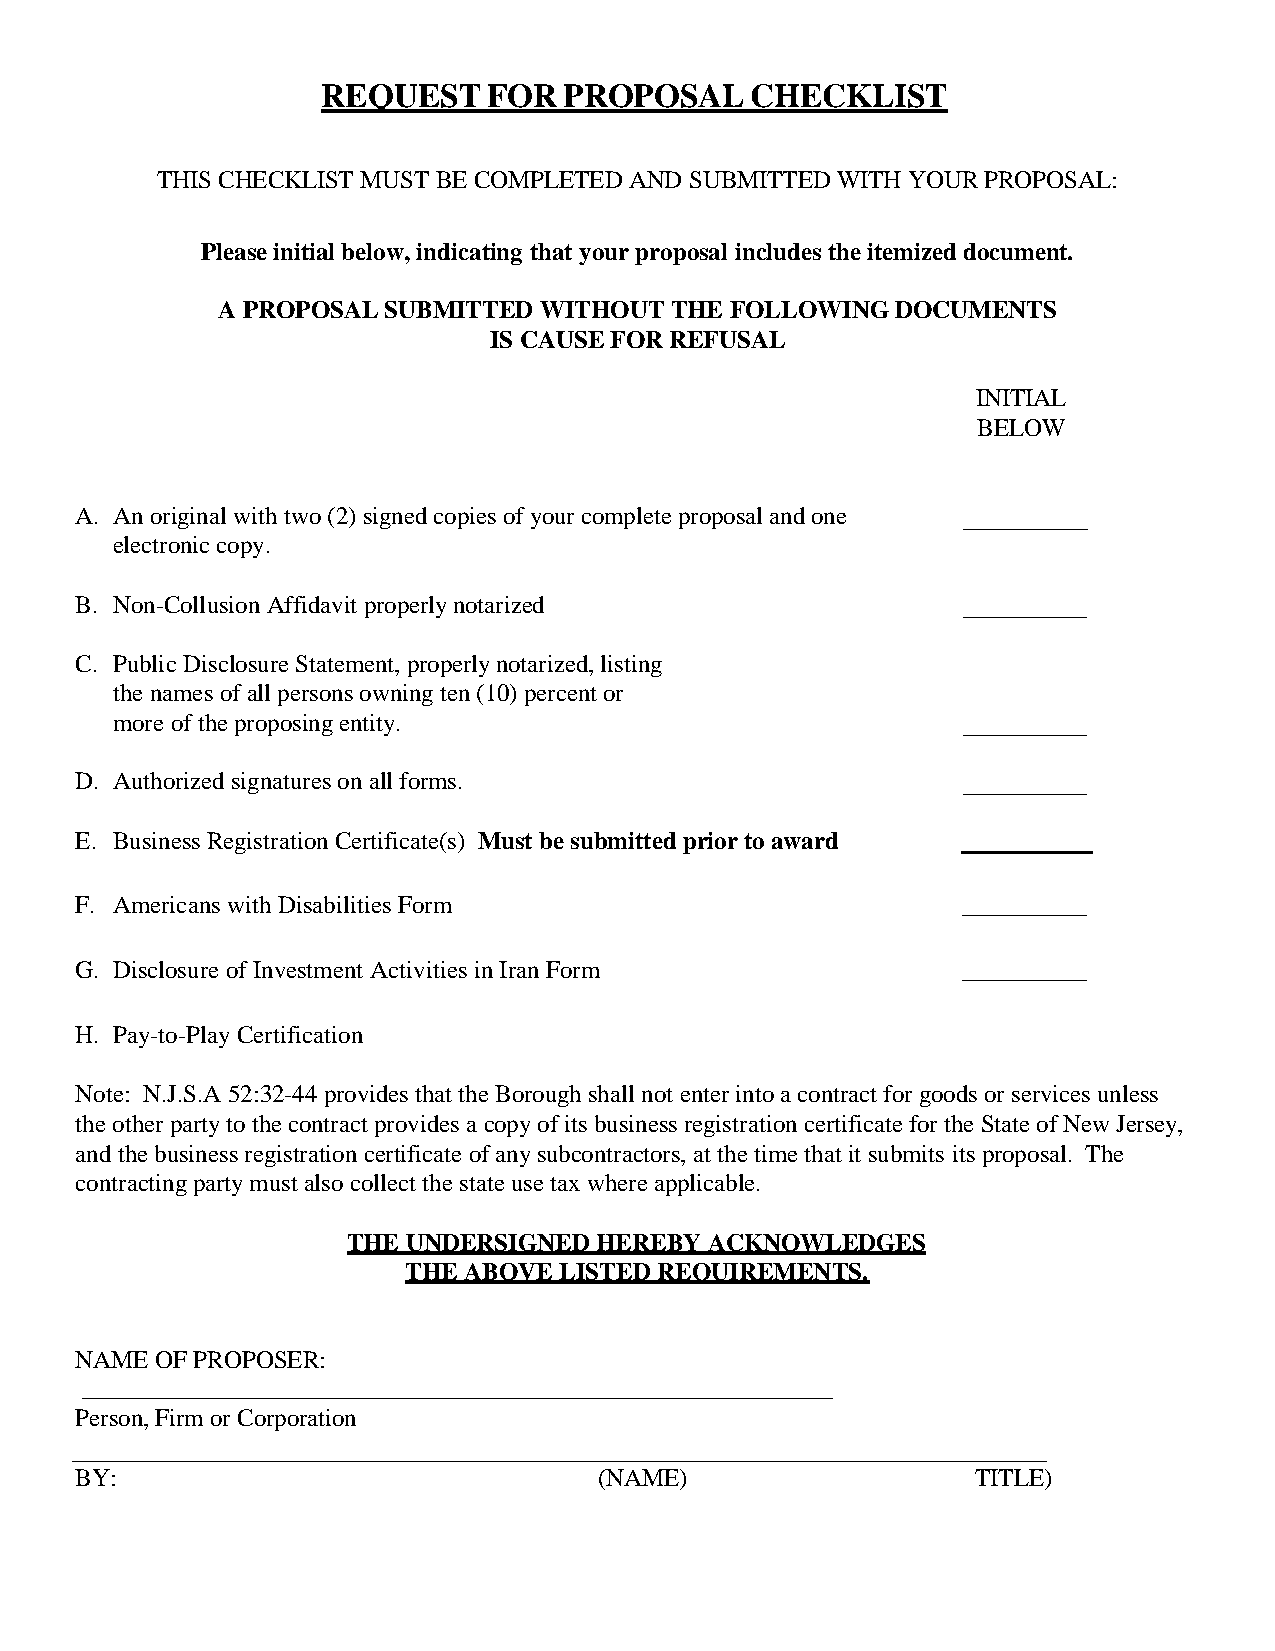
REQUEST    FOR  PROPOSAL     CHECKLIST
 THIS CHECKLIST MUST BE COMPLETED AND SUBMITTED WITH YOUR PROPOSAL:
 Please initial below, indicating that your proposal includes the itemized document.
 A PROPOSAL SUBMITTED  WITHOUT THE FOLLOWING  DOCUMENTS
 IS CAUSE FOR REFUSAL
 INITIAL
 BELOW
 A. An original with two (2) signed copies of your complete proposal and one
 electronic copy.
 B. Non-Collusion Affidavit properly notarized
 C. Public Disclosure Statement, properly notarized, listing
 the names of all persons owning ten (10) percent or
 more of the proposing entity.
 D. Authorized signatures on all forms.
 E. Business Registration Certificate(s) Must be submitted prior to award
 F. Americans with Disabilities Form                        __________
 G. Disclosure of Investment Activities in Iran Form        __________
 H. Pay-to-Play Certification
 Note: N.J.S.A 52:32-44 provides that the Borough shall not enter into a contract for goods or services unless
 the other party to the contract provides a copy of its business registration certificate for the State of New Jersey,
 and the business registration certificate of any subcontractors, at the time that it submits its proposal. The
 contracting party must also collect the state use tax where applicable.
 THE UNDERSIGNED HEREBY  ACKNOWLEDGES
 THE ABOVE LISTED REQUIREMENTS.
 NAME OF PROPOSER:
 Person, Firm or Corporation
 BY:                                (NAME)                   TITLE)